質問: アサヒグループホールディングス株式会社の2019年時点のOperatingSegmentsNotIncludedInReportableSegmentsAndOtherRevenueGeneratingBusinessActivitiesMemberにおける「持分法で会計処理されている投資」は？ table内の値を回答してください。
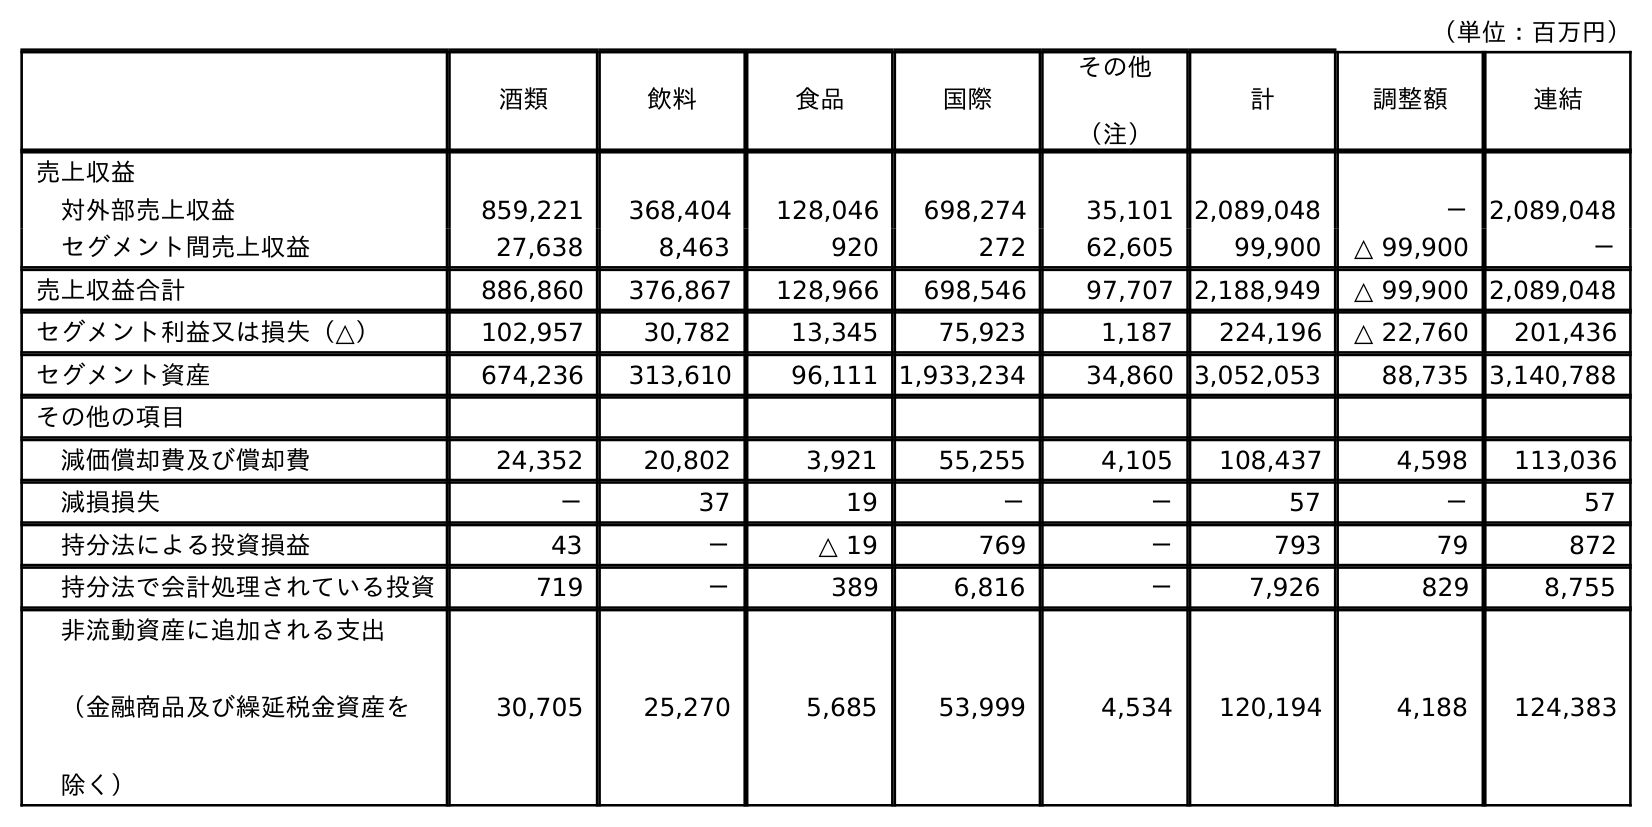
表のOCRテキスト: （単位：百万円） 酒類 飲料 食品 国際 その他 （注） 計 調整額 連結 売上収益 対外部売上収益 859,221 368,404 128,046 698,274 35,101 2,089,048 － 2,089,048 セグメント間売上収益 27,638 8,463 920 272 62,605 99,900 △ 99,900 － 売上収益合計 886,860 376,867 128,966 698,546 97,707 2,188,949 △ 99,900 2,089,048 セグメント利益又は損失（△） 102,957 30,782 13,345 75,923 1,187 224,196 △ 22,760 201,436 セグメント資産 674,236 313,610 96,111 1,933,234 34,860 3,052,053 88,735 3,140,788 その他の項目 減価償却費及び償却費 24,352 20,802 3,921 55,255 4,105 108,437 4,598 113,036 減損損失 － 37 19 － － 57 － 57 持分法による投資損益 43 － △ 19 769 － 793 79 872 持分法で会計処理されている投資 719 － 389 6,816 － 7,926 829 8,755 非流動資産に追加される支出 （金融商品及び繰延税金資産を 除く） 30,705 25,270 5,685 53,999 4,534 120,194 4,188 124,383
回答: －